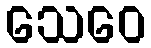
သေဝေ